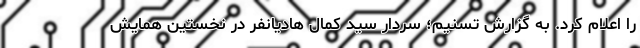
را اعلام کرد. به گزارش تسنیم؛ سردار سید کمال هادیانفر در نخستین همایش